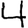
Digit: 4